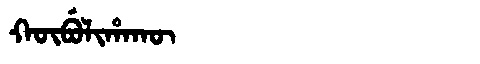
Manchu: ᡴᡡᠪᡠᠯᡳᡥᠠᡴᡡ
Romanization: KŪBULIHAKŪ